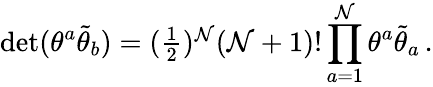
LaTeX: \operatorname*{det}(\theta^{a}\tilde{\theta}_{b})=(\textstyle{\frac{1}{2}})^{{\cal N}}({\cal N}+1)!\, \displaystyle{\prod_{a=1}^{{\cal N}}\theta^{a}\tilde{\theta}_{a}}\, .